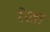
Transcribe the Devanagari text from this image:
रेस्त्रा